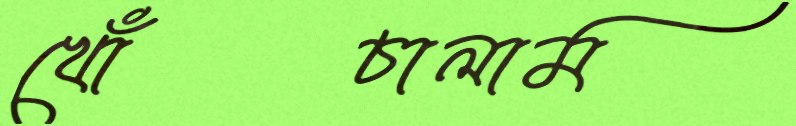
খোঁচালাম